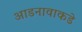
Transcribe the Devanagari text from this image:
आडनावाकडे